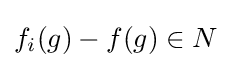
f_{i}(g)-f(g)\in N